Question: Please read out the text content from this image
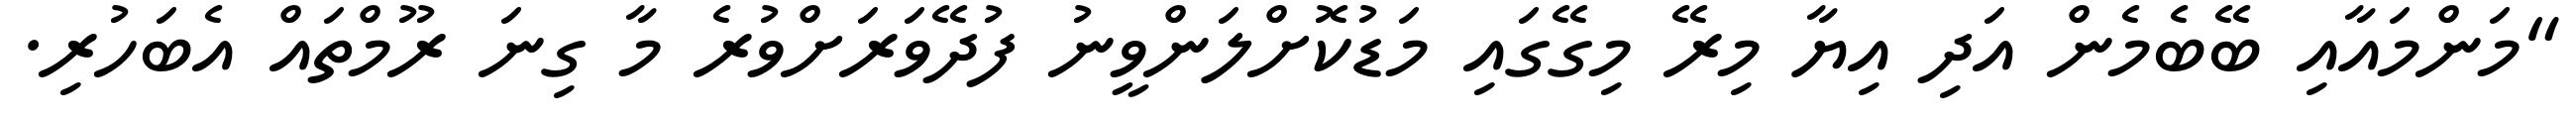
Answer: "މަންމައާއި ބޭބެމެން އަދި އިޔާ މިރޭ މިގޭގައި މަޑުކޮށްލަންވީނު ފުދޭވަރަށްވުރެ މާ ގިނަ ރޫމްތައް އެބަހުރި.